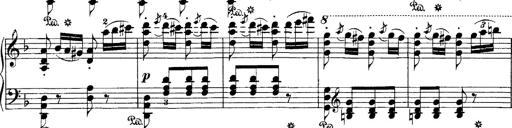
Title: Hungarian Rhapsody No.7
Composer: Franz Liszt
Key: D minor